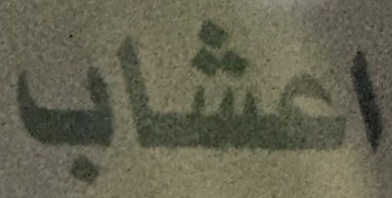
اعشاب